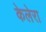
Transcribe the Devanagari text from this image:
केलेरा